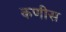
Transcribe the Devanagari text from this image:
कणीस